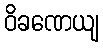
ဝိခဏေယျ